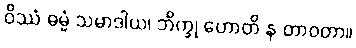
ဝိဿံ ဓမ္မံ သမာဒါယ၊ ဘိက္ခု ဟောတိ န တာဝတာ။